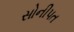
સોનીપત